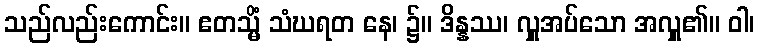
သည်လည်းကောင်း။ ဧတသ္မိံ သံဃရတ နေ၊ ၌။ ဒိန္နဿ၊ လှူအပ်သော အလှူ၏။ ဝါ၊